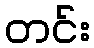
တင်း